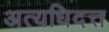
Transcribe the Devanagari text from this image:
अत्यधिदत्त